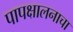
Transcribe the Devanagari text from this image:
पापक्षालनाचा